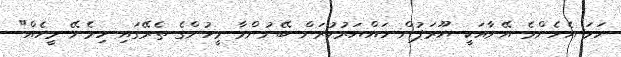
ހަމަ އެހެންމެ އޭނާއަކީ ޔޫރަޕުން ހައްޔަރުކުރަން ބޭނުންވާ މީހުންގެ ތެރޭގައި ހިމެނޭ މީހެއް"